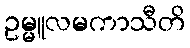
ဥမ္မူလမကာသီတိ